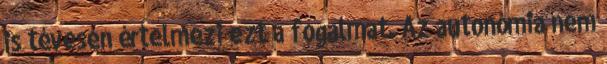
is tévesen értelmezi ezt a fogalmat. Az autonómia nem